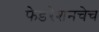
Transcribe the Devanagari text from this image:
फेडरेशनचेच